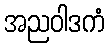
အညဝါဒကံ